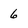
Character: 6